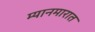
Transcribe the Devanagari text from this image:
म्यानमारात